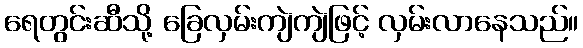
ရေတွင်းဆီသို့ ခြေလှမ်းကျဲကျဲဖြင့် လှမ်းလာနေသည်။